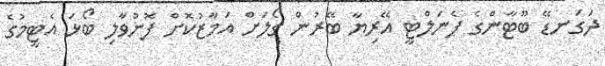
ދަގަނޑޭ ބޫޓާންގެ ޕެނަލްޓީ އޭރިޔާ ބޭރުން ގޯލަށް އަމާޒުކޮށް ފޮނުވާލި ބޯޅަ އެޓީމުގެ